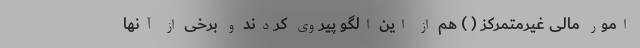
امور مالی غیرمتمرکز ( ) هم از این الگو پیروی کردند و برخی از آنها